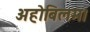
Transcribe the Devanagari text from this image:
अहोबिलम।